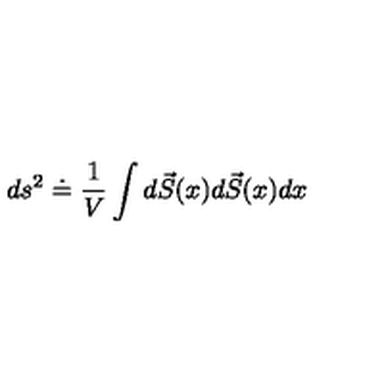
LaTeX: d s ^ { 2 } \doteq \frac { 1 } { V } \int d \vec { S } ( x ) d \vec { S } ( x ) d x